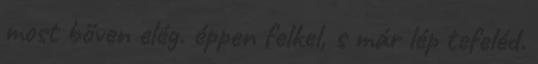
most bőven elég. éppen felkel, s már lép tefeléd.